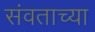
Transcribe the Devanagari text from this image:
संवताच्या